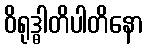
ဝိရုဒ္ဓါတိပါတိနော